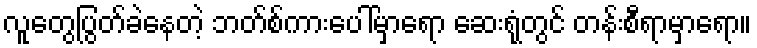
လူတွေပြွတ်ခဲနေတဲ့ ဘတ်စ်ကားပေါ်မှာရော ဆေးရုံတွင် တန်းစီရာမှာရော။